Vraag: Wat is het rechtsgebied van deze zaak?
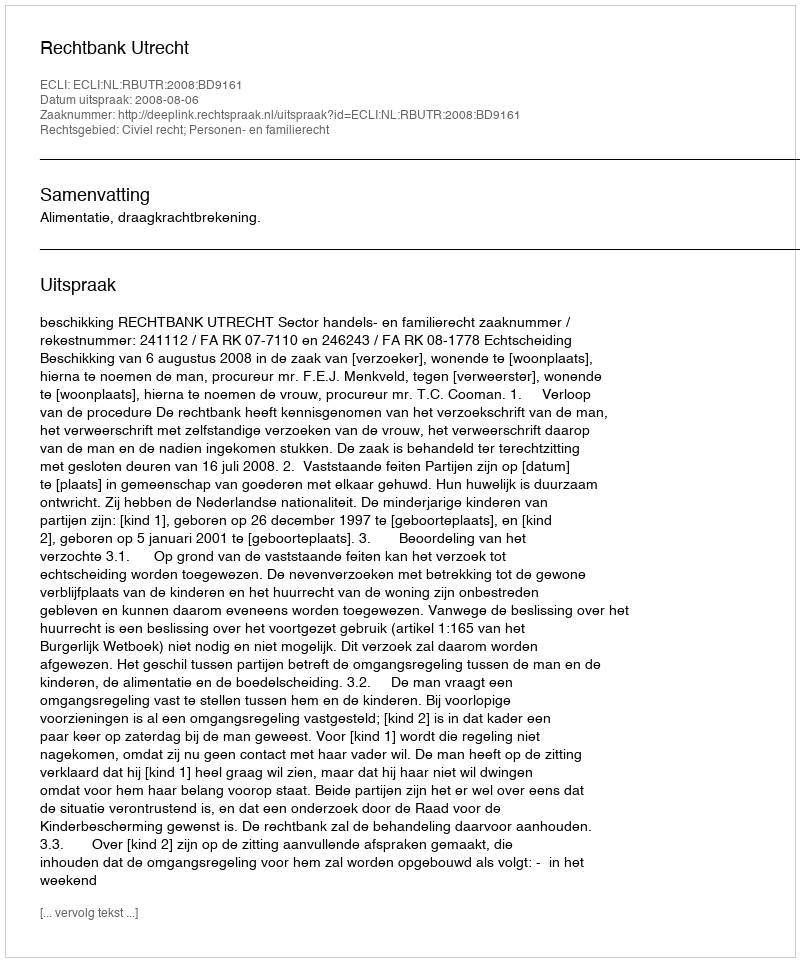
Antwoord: Civiel recht; Personen- en familierecht